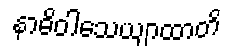
နာဓိဝါသေယျာထာတိ